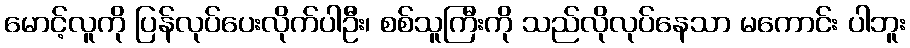
မောင့်လူကို ပြန်လုပ်ပေးလိုက်ပါဦး၊ စစ်သူကြီးကို သည်လိုလုပ်နေသာ မကောင်း ပါဘူး